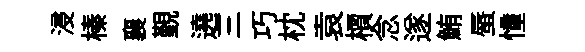
浸榛襄覲遶三巧枕袁檟念遂鮪蜃憧